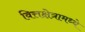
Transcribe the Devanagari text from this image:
वित्तक्षेत्रामध्ये